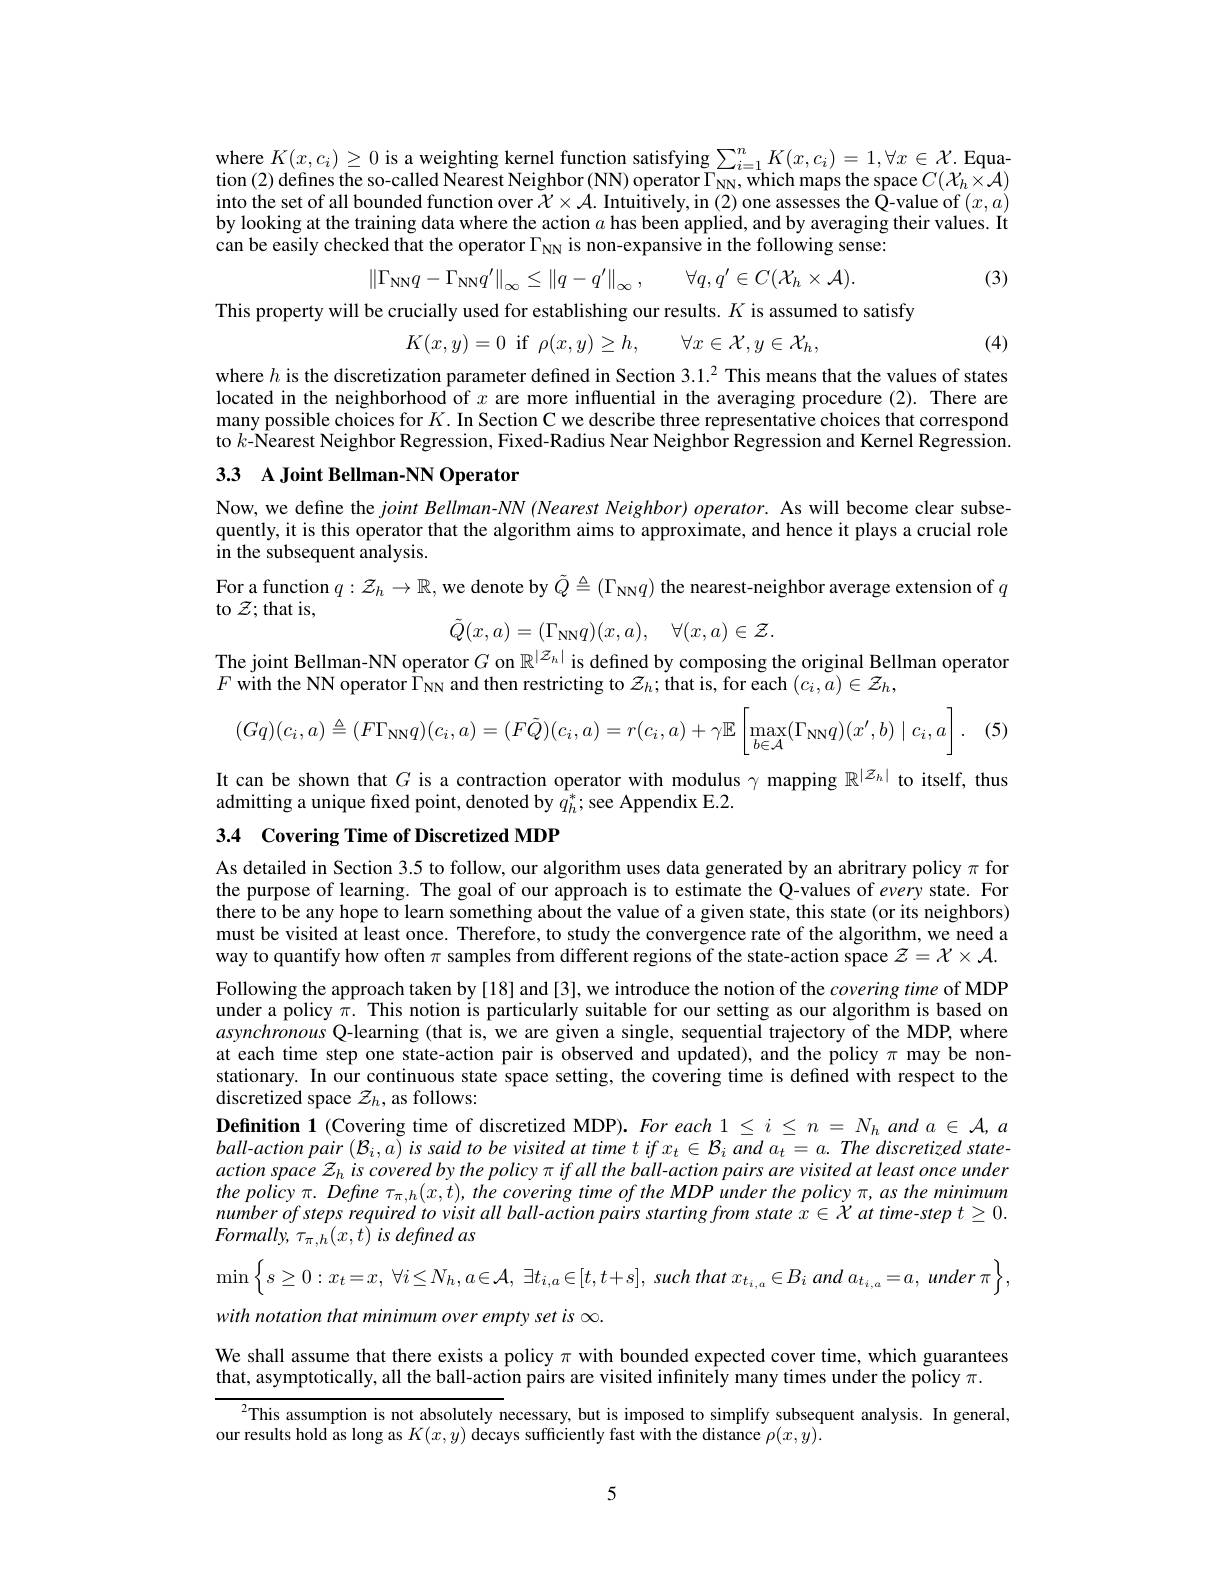
where $K(x,c_i)\geq0$ is a weighting kernel function satisfying $\sum_i=1^nK(x,c_i)=1,\forall x\in\mathcal{X}.$ Equation (2) defines the so-called Nearest Neighbor (NN) operator $\Gamma_\mathrm{NN}$,which maps the space $C(\mathcal{X}_h\times\mathcal{A})$ into the set of all bounded function over $\mathcal{X}\times\mathcal{A}.$ Intuitively, in (2) one assesses the Q-value of $(x,a)$ by looking at the training data where the action $a$ has been applied, and by averaging their values. It can be easily checked that the operator $\Gamma_{\mathrm{NN}}$ is non-expansive in the following sense:

(3)
$$\left\|\Gamma_{\mathrm{NN}}q-\Gamma_{\mathrm{NN}}q'\right\|_{\infty}\leq\left\|q-q'\right\|_{\infty},\quad\forall q,q'\in C(\mathcal{X}_{h}\times\mathcal{A}).$$
This property will be crucially used for establishing our results. $K$ is assumed to satisfy
$$K(x,y)=0\:\text{if}\:\rho(x,y)\geq h,\quad\forall x\in\mathcal{X},y\in\mathcal{X}_{h},$$
(4)

where $h$ is the discretization parameter defined in Section 3.1.$^2$ This means that the values of states located in the neighborhood of $x$ are more influential in the averaging procedure (2). There are many possible choices for $K.$ In Section C we describe three representative choices that correspond to $k$-Nearest Neighbor Regression, Fixed-Radius Near Neighbor Regression and Kernel Regression.

## 3.3 A Joint Bellman-NN Operator

quently, it is this operator that the algorithm aims to approximate, and hence it plays a crucial role in the subsequent analysis.
For a function $q:\mathcal{Z}_h\to\mathbb{R}$, we denote by $\tilde{Q}\triangleq(\Gamma_{\mathrm{NN}}q)$ the nearest-neighbor average extension of $q$
to $\mathcal{Z};$that is,
$$\tilde{Q}(x,a)=(\Gamma_{\mathrm{NN}}q)(x,a),\quad\forall(x,a)\in\mathcal{Z}.$$
The joint Bellman-NN operator $G$ on $\mathbb{R}^{|Z_h|}$ is defined by composing the original Bellman operator

$F$ with the NN operator $\bar\Gamma_{\mathrm{NN}}$ and then restricting to $z_h;$that is, for each $(c_i,a)\in\mathcal{Z}_h$,

(5)
$$(Gq)(c_i,a)\triangleq(F\Gamma_\text{NN}q)(c_i,a)=(F\tilde{Q})(c_i,a)=r(c_i,a)+\gamma\mathbb{E}\left[\max_{b\in\mathcal{A}}(\Gamma_\text{NN}q)(x',b)\mid c_i,a\right].$$
It can be shown that $G$ is a contraction operator with modulus $\gamma$ mapping $\mathbb{R}^|Z_h|$ to itself, thus
admitting a unique fixed point, denoted by $\hat{q}_h^*;$see Appendix E.2.

3.4 Covering Time of Discretized MDP

As detailed in Section 3.5 to follow, our algorithm uses data generated by an abritrary policy $\pi$ for the purpose of learning. The goal of our approach is to estimate the Q-values of every state. For there to be any hope to learn something about the value of a given state, this state (or its neighbors) must be visited at least once. Therefore, to study the convergence rate of the algorithm, we need a way to quantify how often $\pi$ samples from different regions of the state-action space $\mathcal{Z}=\mathcal{X}\times\mathcal{A}.$ Following the approach taken by [18] and [3], we introduce the notion of the covering time of MDP under a policy $\pi.$ This notion is particularly suitable for our setting as our algorithm is based on asynchronous Q-learning (that is, we are given a single, sequential trajectory of the MDP, where at each time step one state-action pair is observed and updated), and the policy $\pi$ may be nonstationary. In our continuous state space setting, the covering time is defined with respect to the discretized space $\mathcal{Z}_h$, as follows:
$\textbf{Definition 1 }($Covering time of discretized MDP). For each $1\leq i\leq n=N_handa\in\mathcal{A},a$ ball-action pair $(\mathcal{B}_i,a)$ is said to be visited at time t if $x_t\in\mathcal{B}_i$ and $a_t=a.$ The discretized stateactionspace ${\mathcal{Z} }_{h}$ $is$ covered $by$ the policy $\pi$ $if$ all the $ball- action$ pairs are visited $at$ least once under the policy $\pi.$ Define $\tau_{\pi,h}(x,t)$, the covering time of the MDP under the policy $\pi,as$ the minimum number of steps required to visit all ball-action pairs starting from state $x\in\dot{\mathcal{X}}$ at time-step $t\geq0.$ $Formally,\tau_{\pi,h}(x,t)$ is defined as
$\min\left\{s\geq0:x_t=x,\:\forall i\leq N_h,a\in\mathcal{A},\:\exists t_{i,a}\in[t,t+s],\:such\:that\:x_{t_{i,a}}\in B_i\:and\:a_{t_{i,a}}=a,\:under\:\pi\right\}$,
with notation that minimum over empty set is $\infty.$
We shall assume that there exists a policy $\pi$ with bounded expected cover time, which guarantees
that, asymptotically, all the ball-action pairs are visited infinitely many times under the policy $\pi.$
$^{2}$This assumption is not absolutely necessary, but is imposed to simplify subsequent analysis. In general,
our results hold as long as $K(x,y)$ decays sufficiently fast with the distance $\rho(x,y).$

5